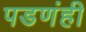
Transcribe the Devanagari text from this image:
पडणंही